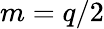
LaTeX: m=q/2